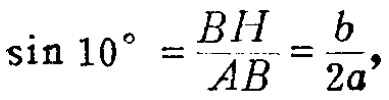
\(\sin 10^{\circ}=\frac{BH}{AB}=\frac{b}{2a},\)